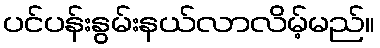
ပင်ပန်းနွမ်းနယ်လာလိမ့်မည်။